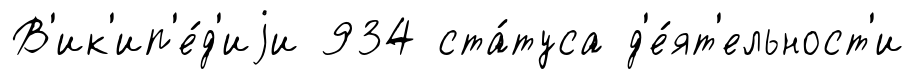
В'ик'ип'е́д'иjи 934 ста́туса д'е́ят'ельност'и